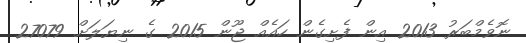
ނޮވެމްބަރު 2013 އިން ފެށިގެން ހައެއް ޖޫން 2015 ގެ ނިޔަލަށް 27079